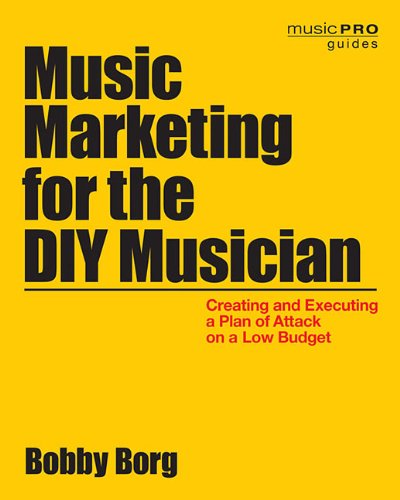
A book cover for Music Marketing for the DIY Musician: Creating and Executing a Plan of Attack on a Low Budget (Music Pro Guides); Bobby Borg; Arts & Photography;